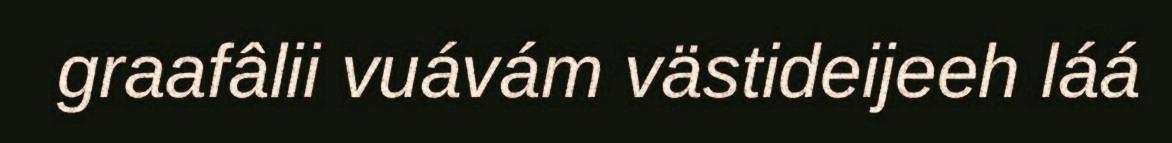
graafâlii vuávám västideijeeh láá